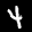
Label: 4